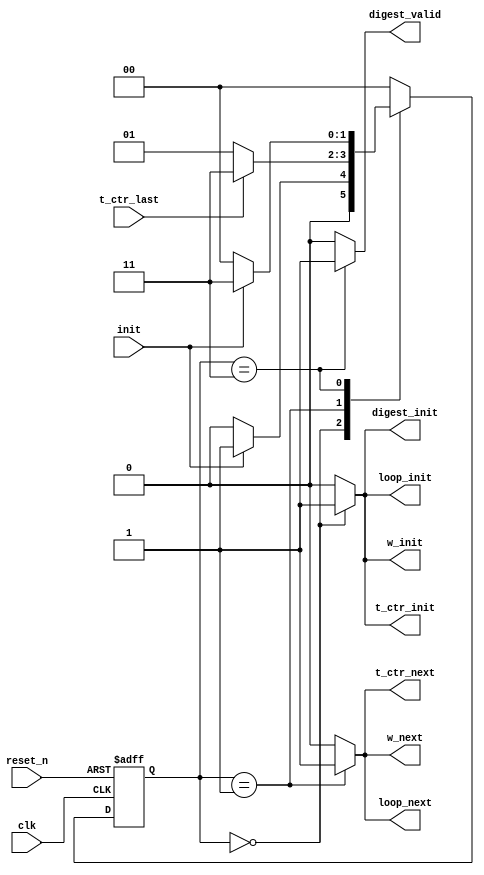
module sha256_core_standard_fsm#(
					// Constants for state
					parameter S0_IDLE 				= 2'd0,
					parameter S1_ROUNDS 			= 2'd1,
					parameter S2_DONE				= 2'd3
					)
					(
					input		wire 		clk,
					input		wire 		reset_n,
					input		wire 		init,
					input		wire 		t_ctr_last,
					output 		wire		t_ctr_init,
					output		wire		t_ctr_next,
					output		wire		digest_init,
					output		wire		loop_init,
					output		wire		loop_next,
					output		wire		w_init,
					output		wire		w_next,
					output		wire		digest_valid
					);
	reg 	[1:0]	sha256_core_state_reg = S0_IDLE;
	reg		[1:0]	sha256_core_state_new;
	reg				t_ctr_init_reg		;
	reg				digest_init_reg		;
	reg				loop_init_reg		;
	reg				t_ctr_next_reg		;
	reg				digest_next_reg		;
	reg				loop_next_reg		;
	reg				digest_valid_reg	;
	reg				w_init_reg			;
	reg				w_next_reg			;
	wire	[1:0]	sha256_core_state_wire;

	//Combinational Output Logic
	assign	sha256_core_state_wire	=	sha256_core_state_reg;
	assign	t_ctr_init				= 	t_ctr_init_reg;
	assign	digest_init  			= 	digest_init_reg;	
	assign	loop_init	 			= 	loop_init_reg;	
	assign	t_ctr_next	 			= 	t_ctr_next_reg;
	assign	loop_next   			= 	loop_next_reg;
	assign	digest_valid			= 	digest_valid_reg;
	assign 	w_init 					= 	w_init_reg;
	assign 	w_next 					= 	w_next_reg;
	
	// Next state block
	always @(sha256_core_state_wire or init or t_ctr_last) begin: combinational_next_state_logic
		case(sha256_core_state_wire)
			S0_IDLE: begin
				if(init == 1'b1) begin
					sha256_core_state_new = S1_ROUNDS;
				end
				else begin
					sha256_core_state_new = S0_IDLE;
				end
			end
			S1_ROUNDS: begin
				if(t_ctr_last == 1'b1) begin
					sha256_core_state_new = S2_DONE;
				end
				else begin
					sha256_core_state_new = S1_ROUNDS;
				end
			end
			S2_DONE: begin
				if(init == 1'b0) begin
					sha256_core_state_new = S0_IDLE;
				end
				else begin
					sha256_core_state_new = S2_DONE;
				end
			end
			default: sha256_core_state_new = S0_IDLE;
		endcase
	end
	
	//output logic
	always@(sha256_core_state_wire) begin
		case(sha256_core_state_wire)
		S0_IDLE: begin
			t_ctr_init_reg		=	1'b1;
			digest_init_reg		=	1'b1;
			loop_init_reg		=	1'b1;
			w_init_reg			=  	1'b1;
			w_next_reg			= 	1'b0;
			t_ctr_next_reg		=	1'b0;
			loop_next_reg		=	1'b0;
			digest_valid_reg	=	1'b0;
		end
		S1_ROUNDS: begin
			t_ctr_init_reg		=	1'b0;
			digest_init_reg		=	1'b0;
			loop_init_reg		=	1'b0;
			w_init_reg			= 	1'b0;
			w_next_reg			= 	1'b1;
			t_ctr_next_reg		=	1'b1;
			loop_next_reg		=	1'b1;
			digest_valid_reg	=	1'b0;				
		end
		S2_DONE: begin
			t_ctr_init_reg		=	1'b0;
			digest_init_reg		=	1'b0;
			loop_init_reg		=	1'b0;
			w_init_reg			= 	1'b0;
			w_next_reg			= 	1'b0;
			t_ctr_next_reg		=	1'b0;
			loop_next_reg		=	1'b0;
			digest_valid_reg	=	1'b1;				
		end
		default: begin
			t_ctr_init_reg		=	1'b0;
			digest_init_reg		=	1'b0;
			loop_init_reg		=	1'b0;
			t_ctr_next_reg		=	1'b0;
			w_init_reg			= 	1'b0;
			w_next_reg			= 	1'b0;
			loop_next_reg		=	1'b0;
			digest_valid_reg	=	1'b0;
		end
		endcase
	end

	// State FF transition
	always @(posedge clk or negedge reset_n) begin: state_ff_transition
		if(reset_n == 1'b0) begin
			sha256_core_state_reg <= S0_IDLE;
		end
		else begin
			sha256_core_state_reg <= sha256_core_state_new;
		end
	end

endmodule